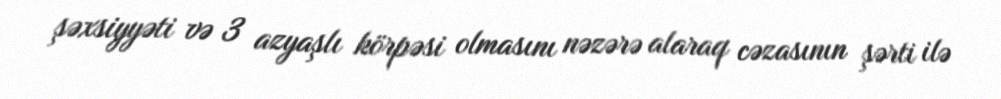
şəxsiyyəti və 3 azyaşlı körpəsi olmasını nəzərə alaraq cəzasının şərti ilə